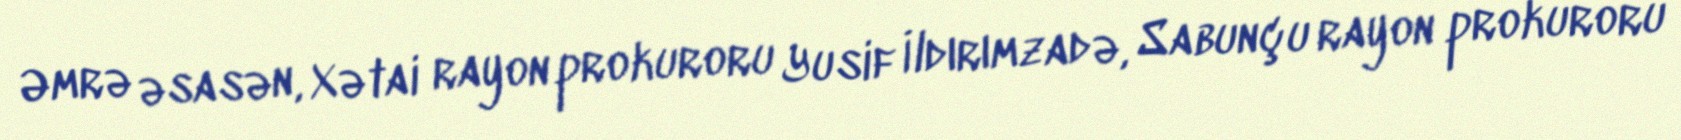
Əmrə əsasən, Xətai rayon prokuroru Yusif İldırımzadə, Sabunçu rayon prokuroru